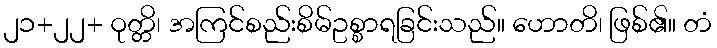
၂၁+၂၂+ ဝုတ္တိ၊ အကြင်စည်းစိမ်ဥစ္စာရခြင်းသည်။ ဟောတိ၊ ဖြစ်၏။ တံ